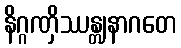
နိဂ္ဂဏှိဿန္တျနာဂတေ